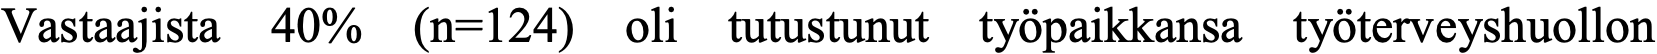
Vastaajista 40% (n=124) oli tutustunut työpaikkansa työterveyshuollon